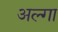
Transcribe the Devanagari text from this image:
अल्गा